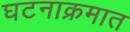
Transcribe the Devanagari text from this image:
घटनाक्रमात